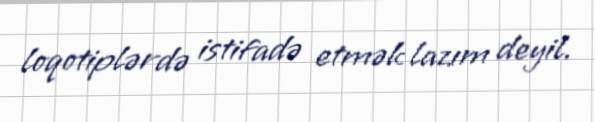
loqotiplərdə istifadə etmək lazım deyil.